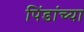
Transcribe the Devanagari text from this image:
पिंडांच्या